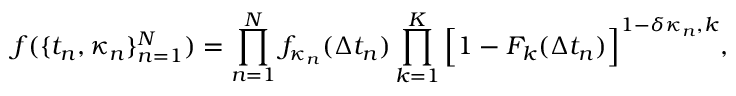
f ( \{ t _ { n } , \kappa _ { n } \} _ { n = 1 } ^ { N } ) = \prod _ { n = 1 } ^ { N } f _ { \kappa _ { n } } ( \Delta t _ { n } ) \prod _ { k = 1 } ^ { K } \Big [ 1 - F _ { k } ( \Delta t _ { n } ) \Big ] ^ { 1 - \delta { \kappa _ { n } , k } } ,